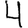
Digit: 4